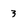
Character: 3